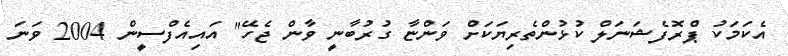
އެކަމަކު ޕްރޮފެޝަނަލް ކުޅުންތެރިޔަކަށް ވަންޏާ ގުރުބާނީ ވާން ޖެހޭ" އައިއެފްސީން 2004 ވަނަ